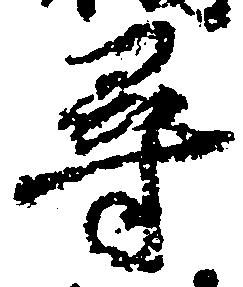
尋